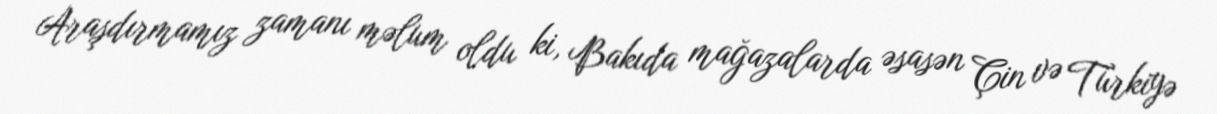
Araşdırmamız zamanı məlum oldu ki, Bakıda mağazalarda əsasən Çin və Türkiyə